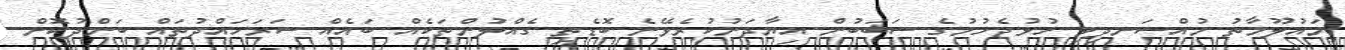
މައުލޫމާތު މުއްސަނދިވި ހުޅުޖެހުމުގެ ސަބަބުން އިޔާދަނުކުރެވޭނެ ބޮޑެތި ގެއްލުންތަކެއް ބައެއް ސަރަހައްދުތައް ބަންދުކޮށް